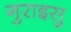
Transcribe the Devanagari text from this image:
गुराइसु